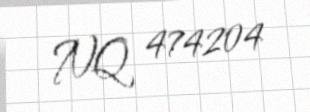
NQ 474204